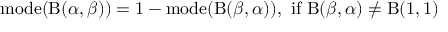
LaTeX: \operatorname { m o d e } ( \mathrm { B } ( \alpha , \beta ) ) = 1 - \operatorname { m o d e } ( \mathrm { B } ( \beta , \alpha ) ) , { \mathrm { ~ i f ~ } } \mathrm { B } ( \beta , \alpha ) \neq \mathrm { B } ( 1 , 1 )